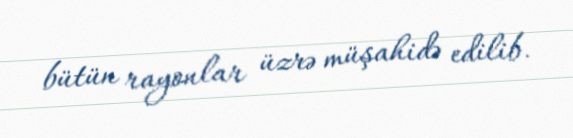
bütün rayonlar üzrə müşahidə edilib.